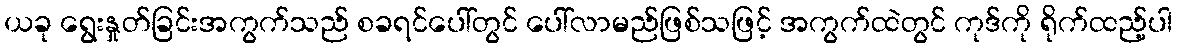
ယခု ရွေးနှုတ်ခြင်းအကွက်သည် စခရင်ပေါ်တွင် ပေါ်လာမည်ဖြစ်သဖြင့် အကွက်ထဲတွင် ကုဒ်ကို ရိုက်ထည့်ပါ